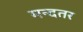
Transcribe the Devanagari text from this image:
मन्दतर